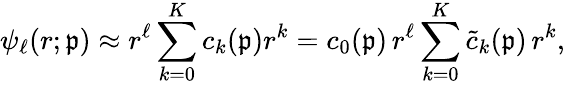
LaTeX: \psi_{\ell}(r;\mathfrak{p})\approx r^{\ell}\sum_{k=0}^{K}c_{k}(\mathfrak{p})r^{k}=c_{0}(\mathfrak{p})\, r^{\ell}\sum_{k=0}^{K}\widetilde{c}_{k}(\mathfrak{p})\, r^{k},